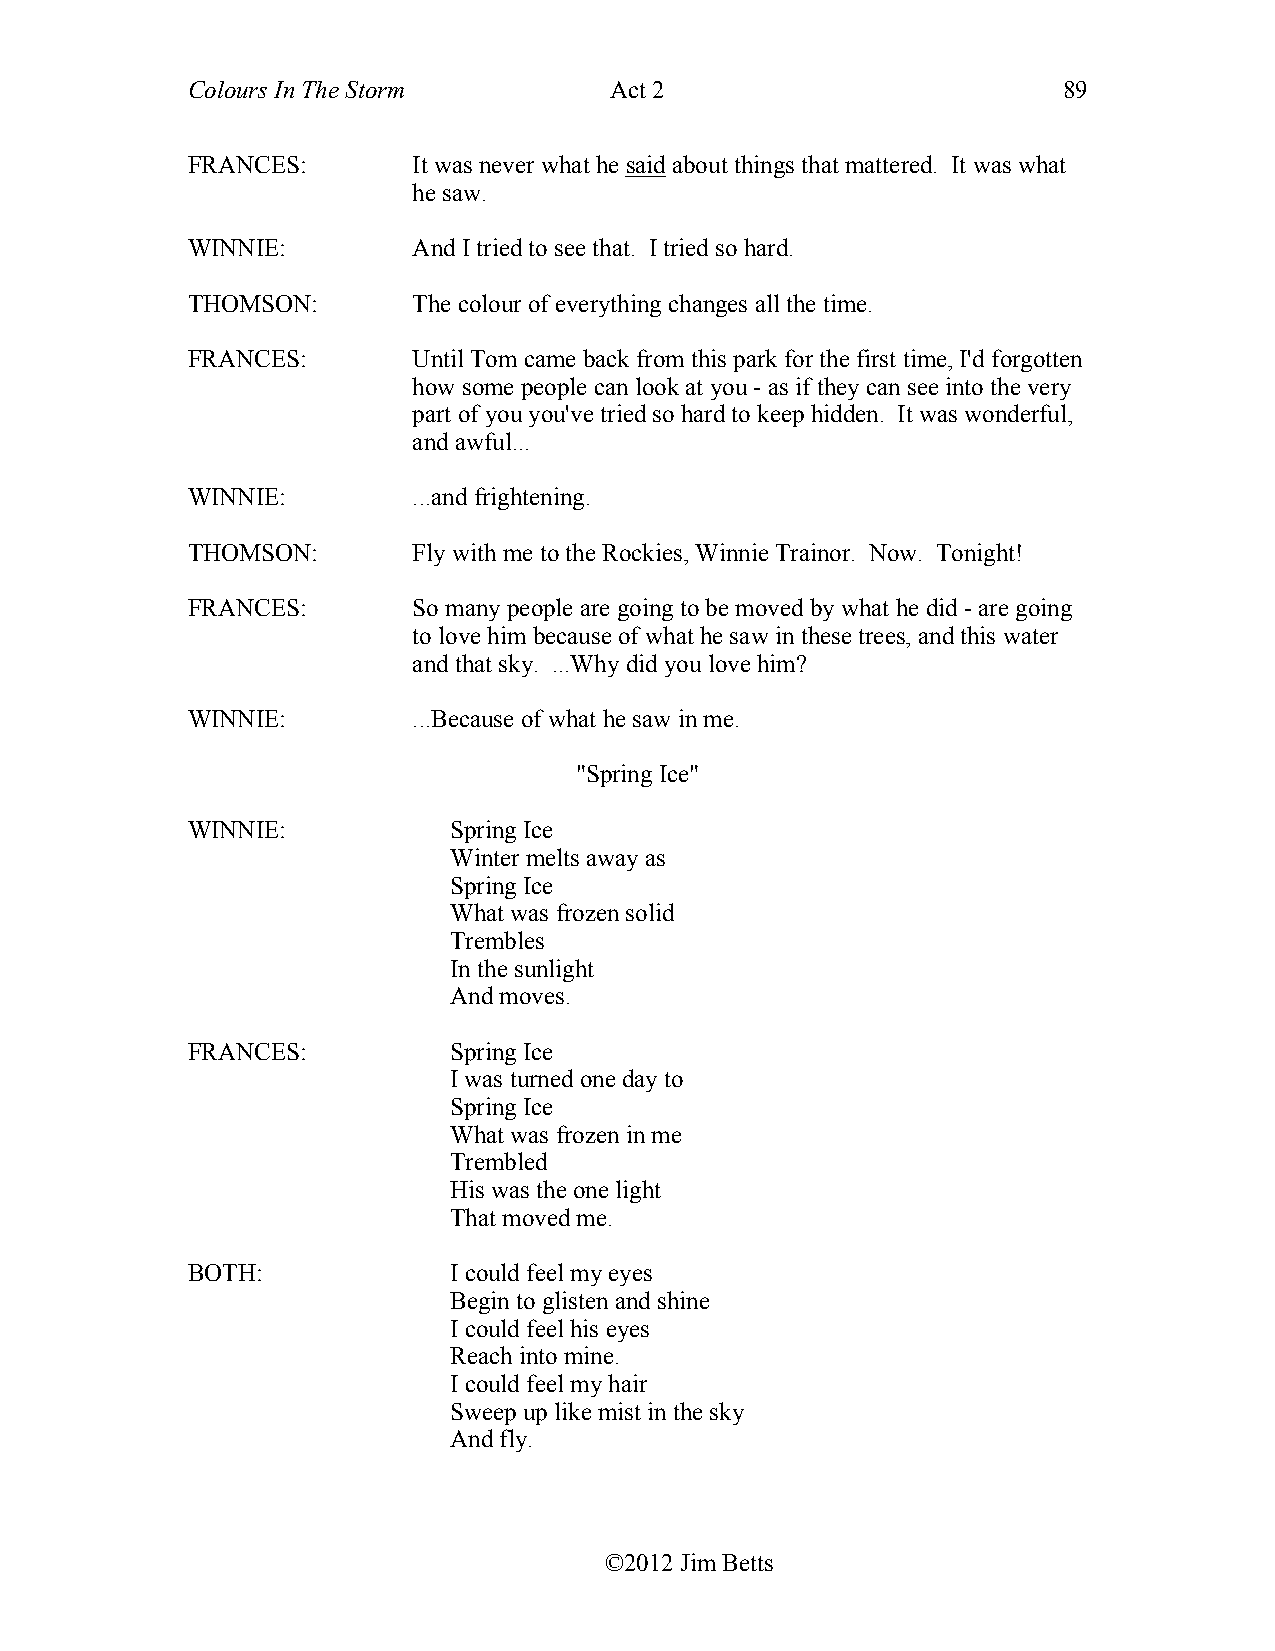
Colours In The Storm        Act 2                         89
 FRANCES:       It was never what he said about things that mattered. It was what
 he saw.
 WINNIE:        And I tried to see that. I tried so hard.
 THOMSON:       The colour of everything changes all the time.
 FRANCES:       Until Tom came back from this park for the first time, I'd forgotten
 how some people can look at you - as if they can see into the very
 part of you you've tried so hard to keep hidden. It was wonderful,
 and awful...
 WINNIE:        ...and frightening.
 THOMSON:       Fly with me to the Rockies, Winnie Trainor. Now. Tonight!
 FRANCES:       So many people are going to be moved by what he did - are going
 to love him because of what he saw in these trees, and this water
 and that sky. ...Why did you love him?
 WINNIE:        ...Because of what he saw in me.
 "Spring Ice"
 WINNIE:           Spring Ice
 Winter melts away as
 Spring Ice
 What was frozen solid
 Trembles
 In the sunlight
 And moves.
 FRANCES:          Spring Ice
 I was turned one day to
 Spring Ice
 What was frozen in me
 Trembled
 His was the one light
 That moved me.
 BOTH:             I could feel my eyes
 Begin to glisten and shine
 I could feel his eyes
 Reach into mine.
 I could feel my hair
 Sweep up like mist in the sky
 And fly.
 ©2012 Jim Betts